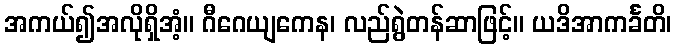
အကယ်၍အလိုရှိအံ့။ ဂီဂေယျကေန၊ လည်ရွဲတန်ဆာဖြင့်။ ယဒိအာကင်္ခတိ၊